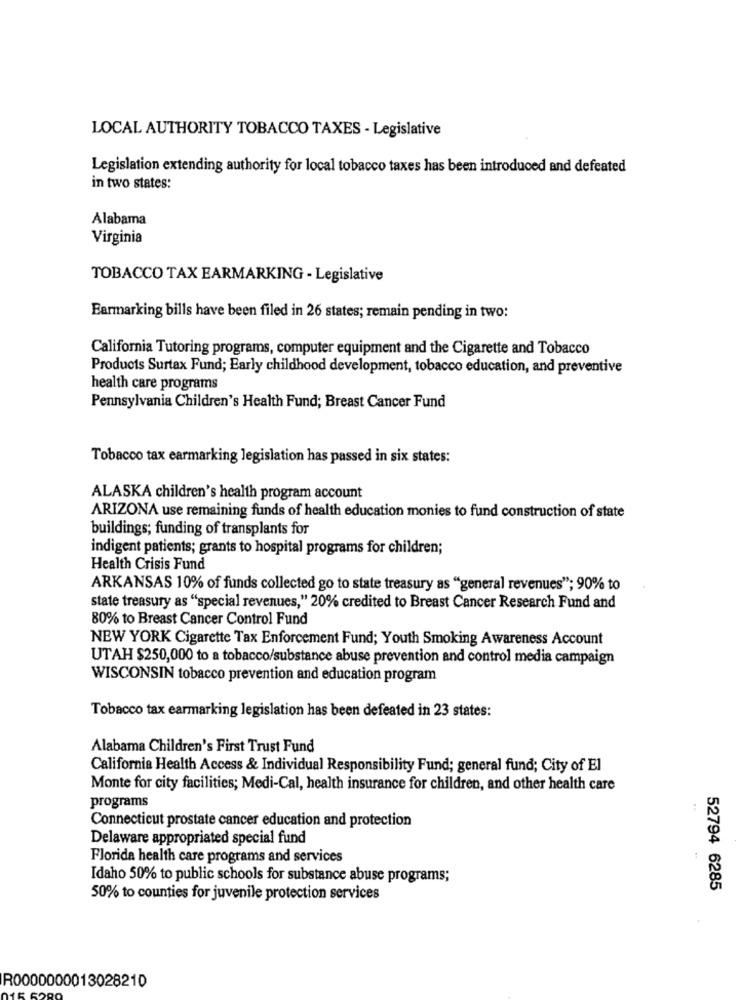
LOCAL AUTHORITY TOBACCO TAXES - Legislative
Legislation extending authority for local tobacco taxes has been introduced and defeated
in two states:
Alabama
Virginia
TOBACCO TAX EARMARKING - Legislative
Earmarking bills have been filed in 26 states; remain pending in two:
California Tutoring programs, computer equipment and the Cigarette and Tobacco
Products Surtax Fund; Early childhood development, tobacco education, and preventive
health care programs
Pennsylvania Children's Health Fund; Breast Cancer Fund
Tobacco tax earmarking legislation has passed in six states:
ALASKA children's health program account
ARIZONA use remaining funds of health education monies to fund construction of state
buildings; funding of transplants for
indigent patients; grants to hospital programs for children;
Health Crisis Fund
ARKANSAS 10% of funds collected go to state treasury as "general revenues"; 90% to
state treasury as "special revenues," 20% credited to Breast Cancer Research Fund and
80% to Breast Cancer Control Fund
NEW YORK Cigarette Tax Enforcement Fund; Youth Smoking Awareness Account
UTAH $250,000 to a tobacco/substance abuse prevention and control media campaign
WISCONSIN tobacco prevention and education program
Tobacco tax earmarking legislation has been defeated in 23 states:
Alabama Children's First Trust Fund
California Health Access & Individual Responsibility Fund; general fund; City of El
Monte for city facilities; Medi-Cal, health insurance for children, and other health care
programs
Connecticut prostate cancer education and protection
Delaware appropriated special fund
Florida health care programs and services
Idaho 50% to public schools for substance abuse programs;
52794 6285
50% to counties for juvenile protection services
R0000000013028210